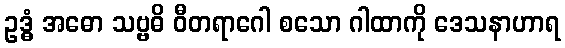
ဥဒ္ဓံ အဓော သဗ္ဗဓိ ဝီတရာဂေါ စသော ဂါထာကို ဒေသနာဟာရ